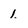
Character: 1